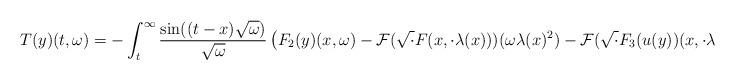
LaTeX: \begin{align*} T(y)(t,\omega) = -\int_{t}^{\infty} \frac{\sin((t-x)\sqrt{\omega})}{\sqrt{\omega}}\left(F_{2}(y)(x,\omega) - \mathcal{F}(\sqrt{\cdot}F(x,\cdot\lambda(x)))(\omega \lambda(x)^{2}) - \mathcal{F}(\sqrt{\cdot}F_{3}(u(y))(x,\cdot\lambda(x)))(\omega \lambda(x)^{2})\right)dx\end{align*}